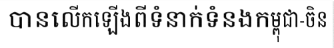
បានលើកឡើងពីទំនាក់ទំនងកម្ពុជា-ចិន